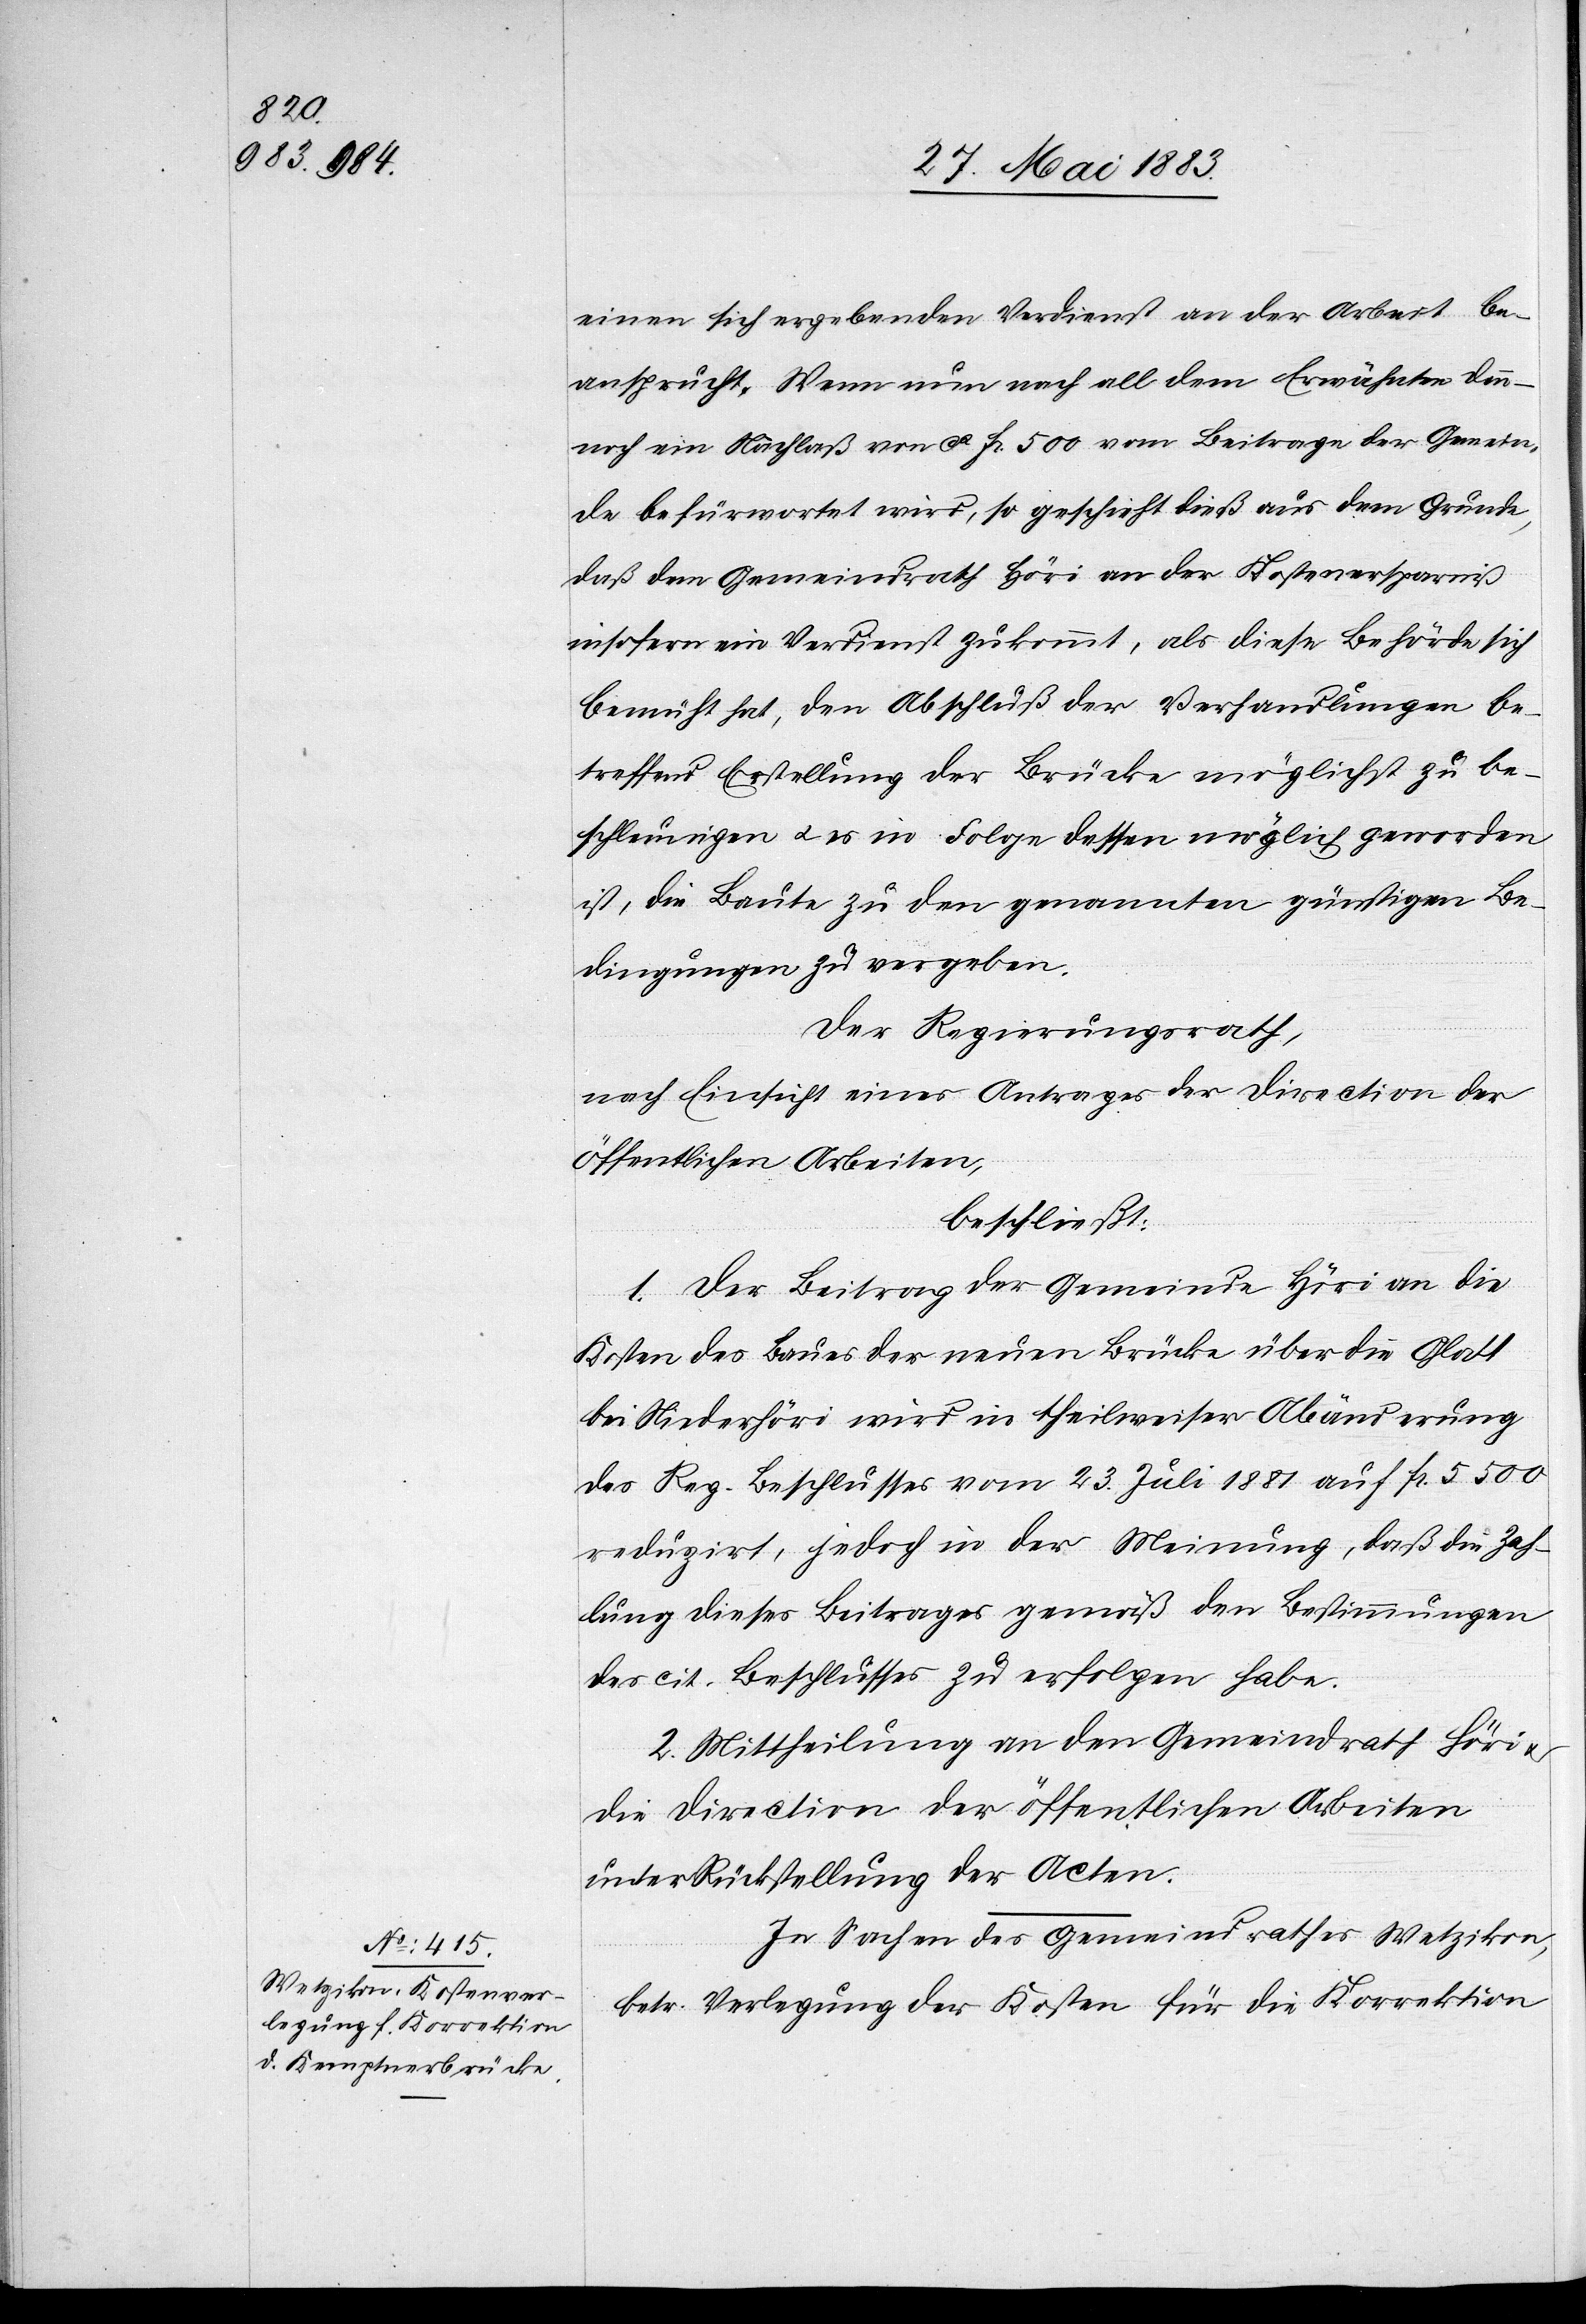
einen sich ergebenden Verdienst an der Arbeit be¬
ansprucht. Wenn nun nach all dem Erwähnten den¬
noch ein Nachlaß von ca Fr. 500 vom Beitrage der Gemein¬
de befürwortet wird, so geschieht dieß aus dem Grunde,
daß dem Gemeindrath Höri an der Kostenersparniß
insofern Verdienst zukommt, als diese Behörde sich
bemüht hat, den Abschluß der Verhandlungen be¬
treffend Erstellung der Brücke möglichst zu be¬
schleunigen u. es in Folge dessen möglich geworden
ist, die Baute zu den genannten günstigen Be¬
dingungen zu vergeben.
Der Regierungsrath,
nach Einsicht eines Antrages der Direction der
öffentlichen Arbeiten,
beschließt:
1. Der Beitrag der Gemeinde Höri an die
Kosten des Baues der neuen Brücke über die Glatt
bei Niederhöri wird in theilweiser Abänderung
des Reg. Beschlusses vom 23. Juli 1881 auf Fr. 5500
reduzirt, jedoch in der Meinung, daß die Zah¬
lung dieses Beitrages gemäß den Bestimmungen
des cit. Beschlusses zu erfolgen habe.
2. Mittheilung an den Gemeindrath Höri
die Direction der öffentlichen Arbeiten
unter Rückstellung der Acten.
In Sachen des Gemeindrathes Wetzikon,
betr. Verlegung der Kosten für die Korrektion